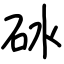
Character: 砅